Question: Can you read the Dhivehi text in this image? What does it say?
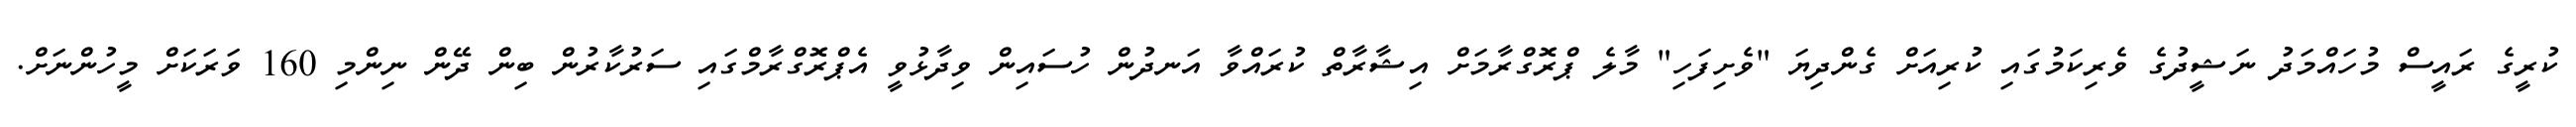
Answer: ކުރީގެ ރައީސް މުހައްމަދު ނަޝީދުގެ ވެރިކަމުގައި ކުރިއަށް ގެންދިޔަ "ވެށިފަހި" މާލެ ޕްރޮގްރާމަށް އިޝާރާތް ކުރައްވާ އަނދުން ހުސައިން ވިދާޅުވީ އެޕްރޮގްރާމްގައި ސަރުކާރުން ބިން ދޭން ނިންމި 160 ވަރަކަށް މީހުންނަށް.